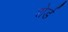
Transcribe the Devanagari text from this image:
शेर्ड